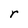
Character: r